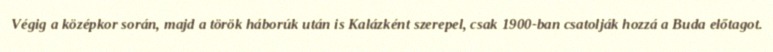
Végig a középkor során, majd a török háborúk után is Kalázként szerepel, csak 1900-ban csatolják hozzá a Buda előtagot.